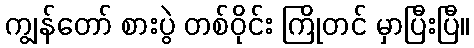
ကျွန်တော် စားပွဲ တစ်ဝိုင်း ကြိုတင် မှာပြီးပြီ။